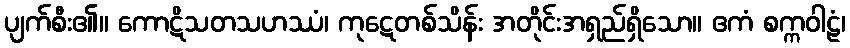
ပျက်စီး၏။ ကောဋိသတသဟဿံ၊ ကုဋေတစ်သိန်း အတိုင်းအရှည်ရှိသော။ ဧကံ စက္ကဝါဠံ၊